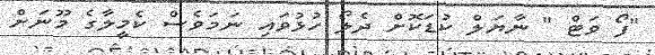
"ފޯ ވަޓް " ނާޔަލް ކުޑަކޮށް ދެލޯ ހުޅުވައި ނަމަވެސް ކެމީލާގެ މޫނަށް